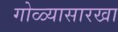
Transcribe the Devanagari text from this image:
गोळ्यासारखा